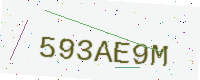
Text: 593AE9M